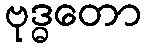
ဗုဒ္ဓတော